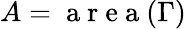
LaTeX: A=\mathrm{~a~r~e~a~}(\Gamma)